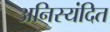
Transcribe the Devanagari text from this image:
अनिस्यंदित